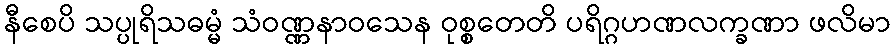
နီစေပိ သပ္ပုရိသဓမ္မံ သံဝဏ္ဏနာဝသေန ဝုစ္စတေတိ ပရိဂ္ဂဟဏလက္ခဏာ ဖလိမာ